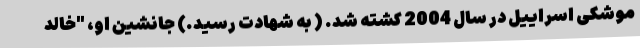
موشکی اسراییل در سال 2004 کشته شد. ( به شهادت رسید.) جانشین او، "خالد